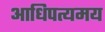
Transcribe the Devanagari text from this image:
आधिपत्यमय